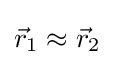
{\vec {r}}_{1}\approx {\vec {r}}_{2}